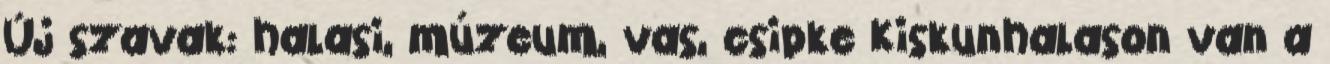
Új szavak: halasi, múzeum, vas, csipke Kiskunhalason van a